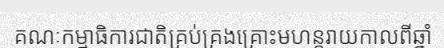
គណៈកម្មាធិការជាតិគ្រប់គ្រងគ្រោះមហន្តរាយកាលពីឆ្នាំ